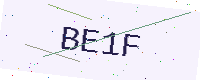
Text: BE1F